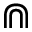
\Cap